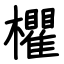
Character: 欋